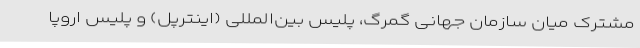
مشترک میان سازمان جهانی گمرگ، پلیس بین‌المللی (اینترپل) و پلیس اروپا